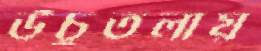
উঁচুতলায়